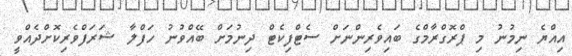
އިއްޔެ ނިމުނު މި ޕްރޮގްރާމްގެ ބައިވެރިންނަށް ސެޓްފިކެޓް ދިނުމަށް ބޭއްވުނު ހަފްލާ ޝަރަފްވެރިކޮށްދެއްވީ